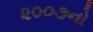
૨૦૦૭નો